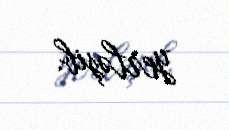
yerləşib.